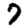
Digit: 7